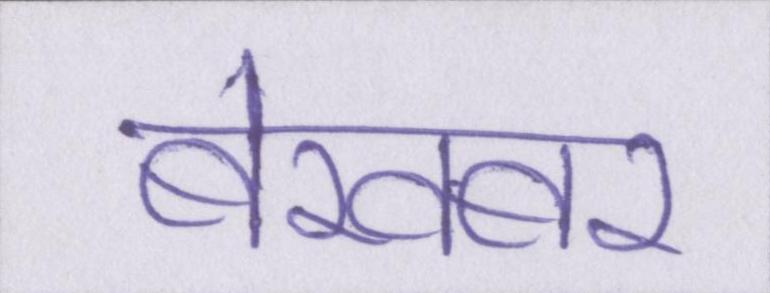
बेखबर